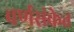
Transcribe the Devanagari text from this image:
वर्णसंकेत